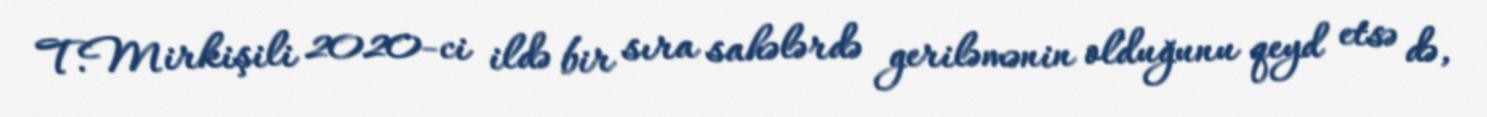
T.Mirkişili 2020-ci ildə bir sıra sahələrdə geriləmənin olduğunu qeyd etsə də,